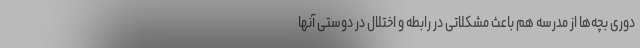
دوری بچه‌ها از مدرسه هم باعث مشکلاتی در رابطه و اختلال در دوستی آنها